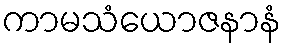
ကာမသံယောဇနာနံ